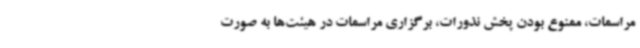
مراسمات، ممنوع بودن پخش نذورات، برگزاری مراسمات در هیئت‌ها به صورت